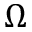
\Omega